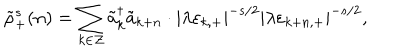
\tilde { \rho } _ { + } ^ { s } ( n ) = \sum _ { k \in \cal Z } \tilde { a } _ { k } ^ { \dagger } \tilde { a } _ { k + n } \cdot | \lambda \varepsilon _ { k , + } | ^ { - s / 2 } | \lambda \varepsilon _ { k + n , + } | ^ { - s / 2 } ,